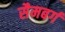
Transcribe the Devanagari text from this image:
सैमबर्ग